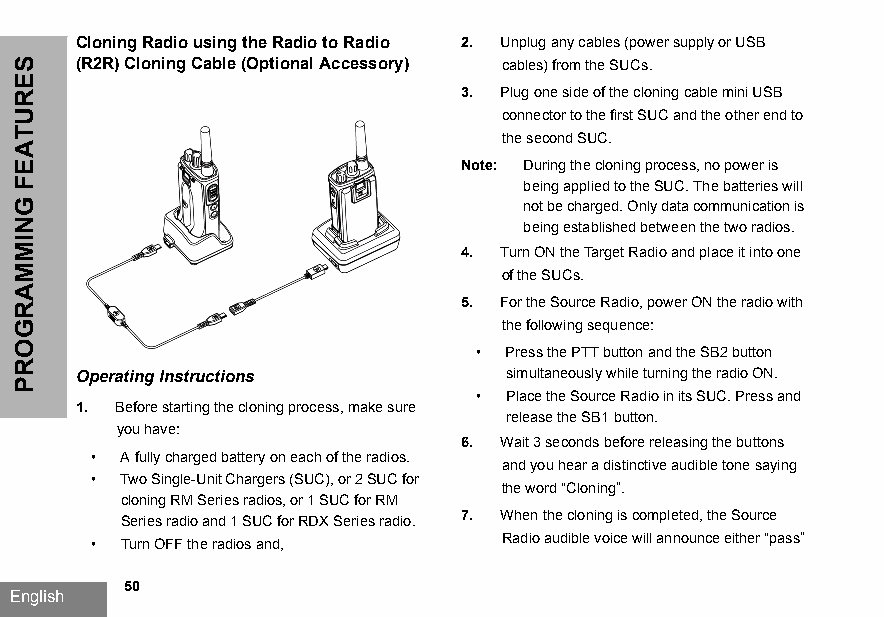
Cloning Radio using the Radio to Radio 2. Unplug any cables (power supply or USB
 (R2R) Cloning Cable (Optional Accessory) cables) from the SUCs.
 3. Plug one side of the cloning cable mini USB
 connector to the first SUC and the other end to
 the second SUC.
 Note: During the cloning process, no power is
 being applied to the SUC. The batteries will
 not be charged. Only data communication is
 being established between the two radios.
 4. Turn ON the Target Radio and place it into one
 of the SUCs.
 5. For the Source Radio, power ON the radio with
 the following sequence:
 • Press the PTT button and the SB2 button
 Operating Instructions       simultaneously while turning the radio ON.
 • Place the Source Radio in its SUC. Press and
 1. Before starting the cloning process, make sure
 release the SB1 button.
 you have:
 6. Wait 3 seconds before releasing the buttons
 • A fully charged battery on each of the radios.
 and you hear a distinctive audible tone saying
 • Two Single-Unit Chargers (SUC), or 2 SUC for
 the word “Cloning”.
 cloning RM Series radios, or 1 SUC for RM
 Series radio and 1 SUC for RDX Series radio. 7. When the cloning is completed, the Source
 • Turn OFF the radios and,  Radio audible voice will announce either “pass”
 50
 English
 SERUTAEF
 GNIMMARGORP